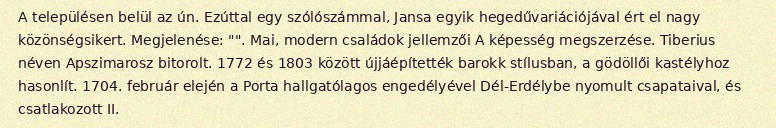
A településen belül az ún. Ezúttal egy szólószámmal, Jansa egyik hegedűvariációjával ért el nagy közönségsikert. Megjelenése: "". Mai, modern családok jellemzői A képesség megszerzése. Tiberius néven Apszimarosz bitorolt. 1772 és 1803 között újjáépítették barokk stílusban, a gödöllői kastélyhoz hasonlít. 1704. február elején a Porta hallgatólagos engedélyével Dél-Erdélybe nyomult csapataival, és csatlakozott II.